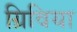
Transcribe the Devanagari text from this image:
ग्रिविया